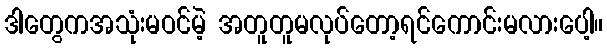
ဒါတွေကအသုံးမဝင်မဲ့ အတူတူမလုပ်တော့ရင်ကောင်းမလားပေါ့။